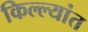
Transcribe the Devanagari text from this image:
किल्ल्यांत